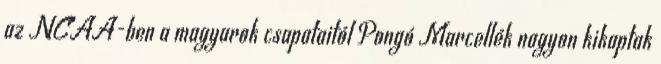
az NCAA-ben a magyarok csapataitól Pongó Marcellék nagyon kikaptak